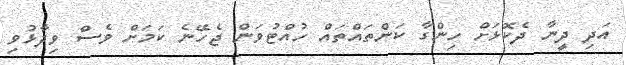
އަދި ދީނާ ދެކޮޅަށް ހިންގާ ކަންތައްތައް ހުއްޓުވަން ޖެހޭނެ ކަމަށް ވެސް ވިދާޅުވި